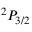
^ { 2 } P _ { 3 / 2 }